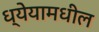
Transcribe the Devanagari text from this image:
ध्येयामधील